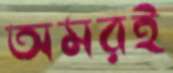
অমরই